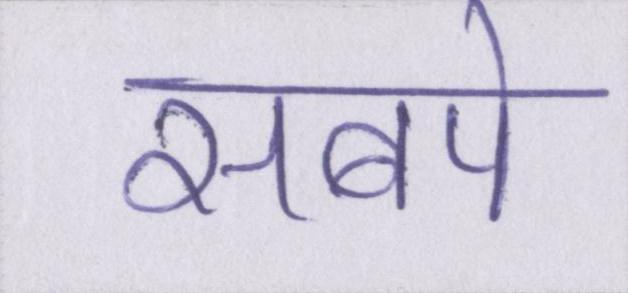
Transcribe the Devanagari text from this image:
सबपे